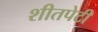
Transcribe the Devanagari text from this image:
शीतपेटी